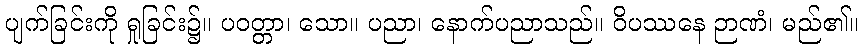
ပျက်ခြင်းကို ရှုခြင်း၌။ ပဝတ္တာ၊ သော။ ပညာ၊ နောက်ပညာသည်။ ဝိပဿနေ ဉာဏံ၊ မည်၏။